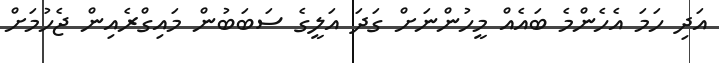
އަދި ހަމަ އެހެންމެ ބައެއް މީހުންނަށް ގަދަ އަލީގެ ސަބަބުން މައިގްރެއިން ޖެހުމަށް